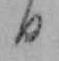
日